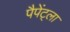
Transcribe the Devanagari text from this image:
पैपेंट्ला